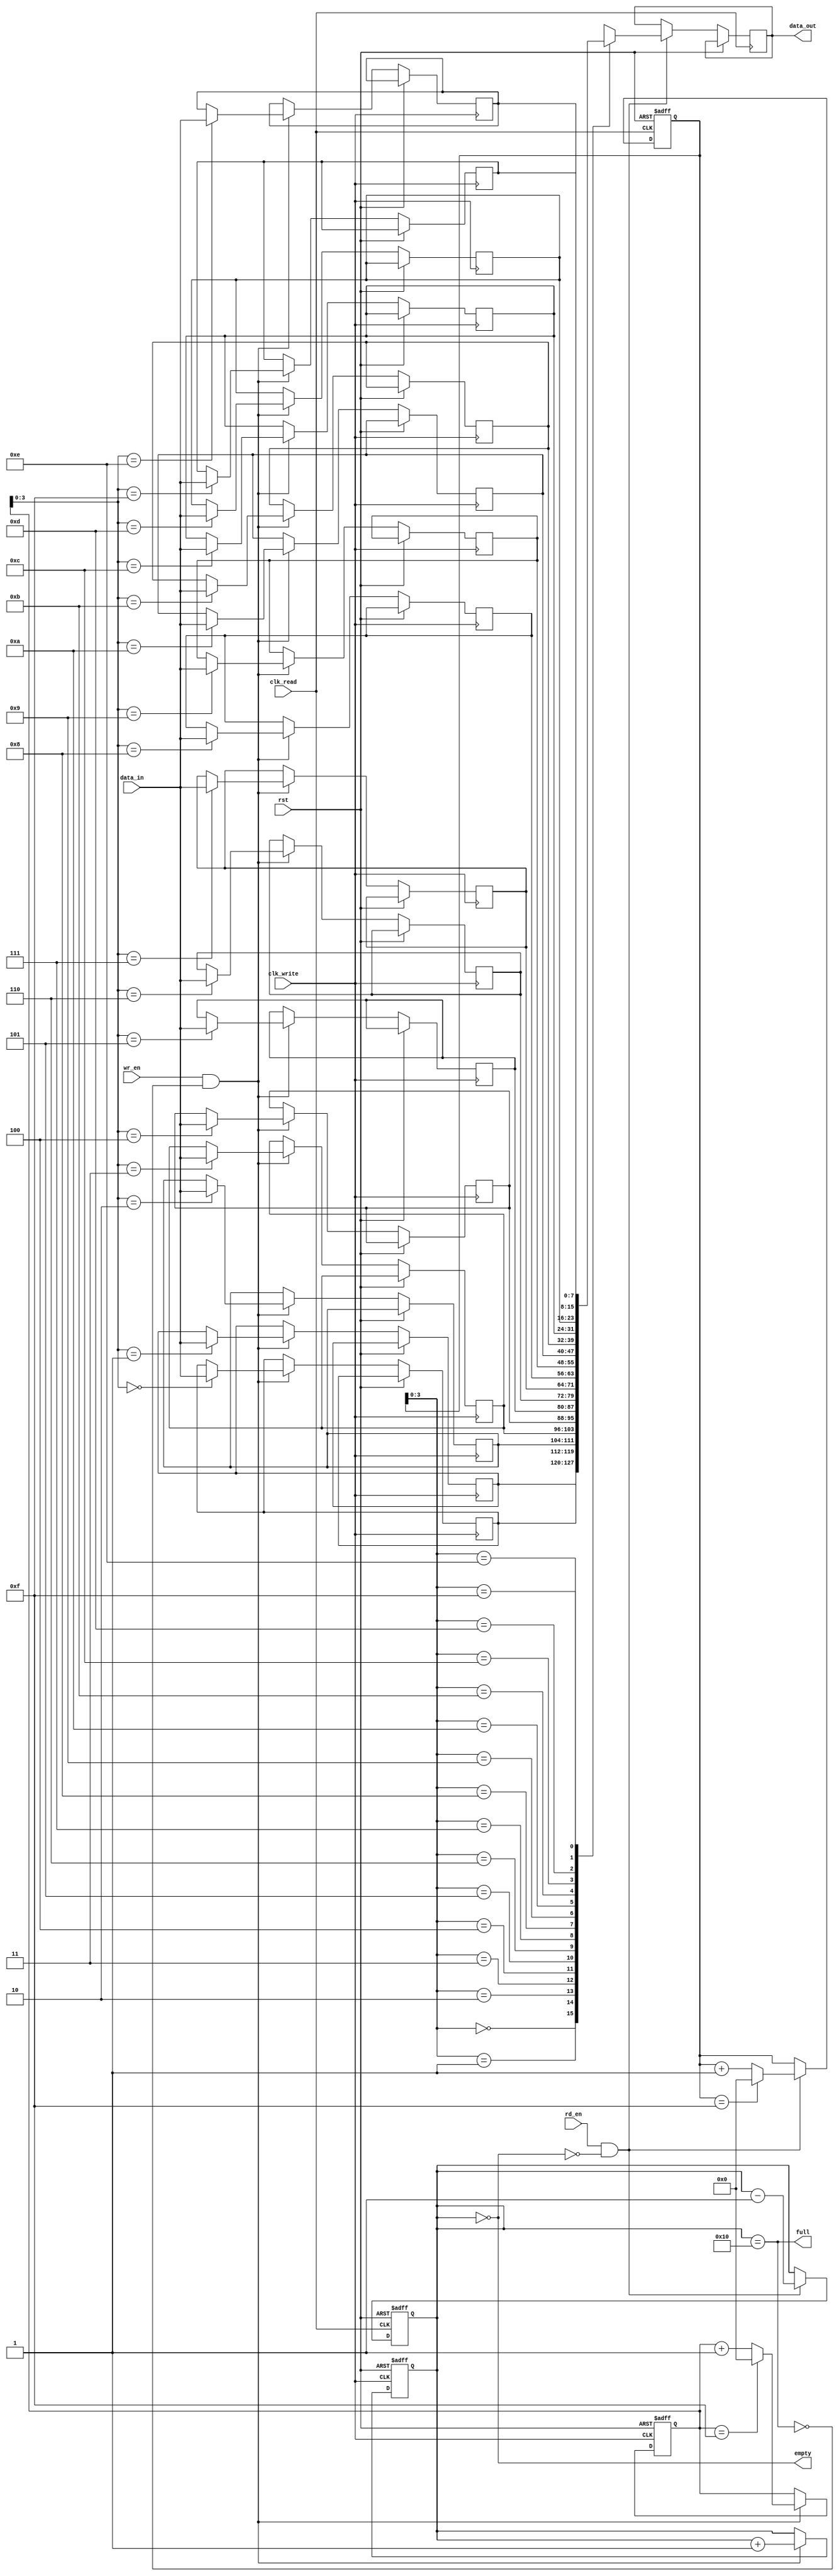
module async_fifo (input clk_write,input clk_read,  // Read clock
  input rst,       // Reset signal (asynchronous to both clocks)
  input wr_en,     // Write enable signal
  input rd_en,     // Read enable signal
  input [7:0] data_in,
  output reg [7:0] data_out,
  output  empty,  // Flag indicating FIFO is empty
  output  full    // Flag indicating FIFO is full
);
  parameter DEPTH = 16; // Depth of the FIFO (adjust as needed)
  reg [7:0] memory [0:DEPTH-1];
  reg [4:0] wr_ptr = 0; // Write pointer
  reg [4:0] rd_ptr = 0; // Read pointer
  reg [4:0] count = 0;  // Number of elements in the FIFO
  // Write process (synchronized to write clock)
  always @(posedge clk_write or posedge rst) begin
    if (rst) begin
      wr_ptr <= 0;
      count <= 0;
    end else if (wr_en && !full) begin
      memory[wr_ptr] <= data_in;
      wr_ptr <= (wr_ptr == DEPTH-1) ? 0 : wr_ptr + 1;
      count <= count + 1;
    end
  end
  // Read process (synchronized to read clock)
  always @(posedge clk_read or posedge rst) begin
    if (rst) begin
      rd_ptr <= 0;
      count <= 0;
    end else if (rd_en && !empty) begin
      data_out <= memory[rd_ptr];
      rd_ptr <= (rd_ptr == DEPTH-1) ? 0 : rd_ptr + 1;
      count <= count - 1;
    end
  end
  assign  empty = (count == 0);
  assign  full = (count == DEPTH);
endmodule